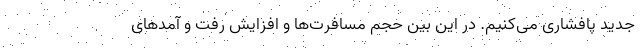
جدید پافشاری می‌کنیم. در این بین حجم مسافرت‌ها و افزایش رفت و آمدهای